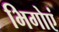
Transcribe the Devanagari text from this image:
भिगोएं